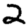
Digit: 2